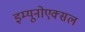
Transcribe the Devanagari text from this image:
इम्यूनोएक्सल